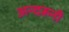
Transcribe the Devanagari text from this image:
अन्‍दरूनी